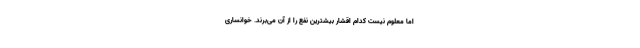
اما معلوم نیست کدام اقشار بیشترین نفع را از آن می‌برند. خوانساری